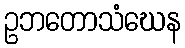
ဥဘတောသံဃေန